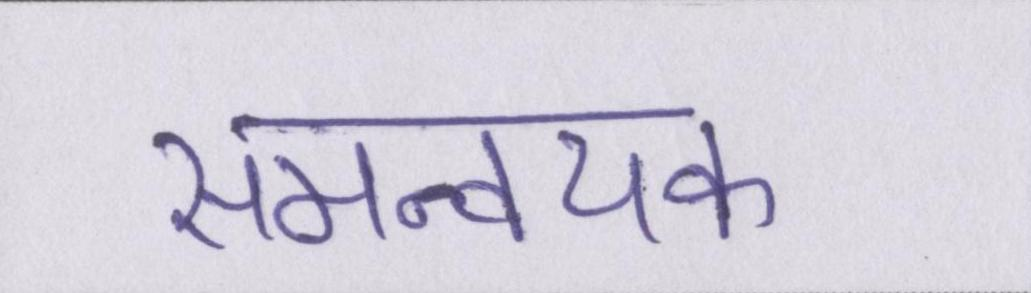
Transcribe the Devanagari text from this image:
समन्वयक